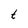
Character: t